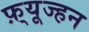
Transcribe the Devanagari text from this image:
फ़्यूज्हन